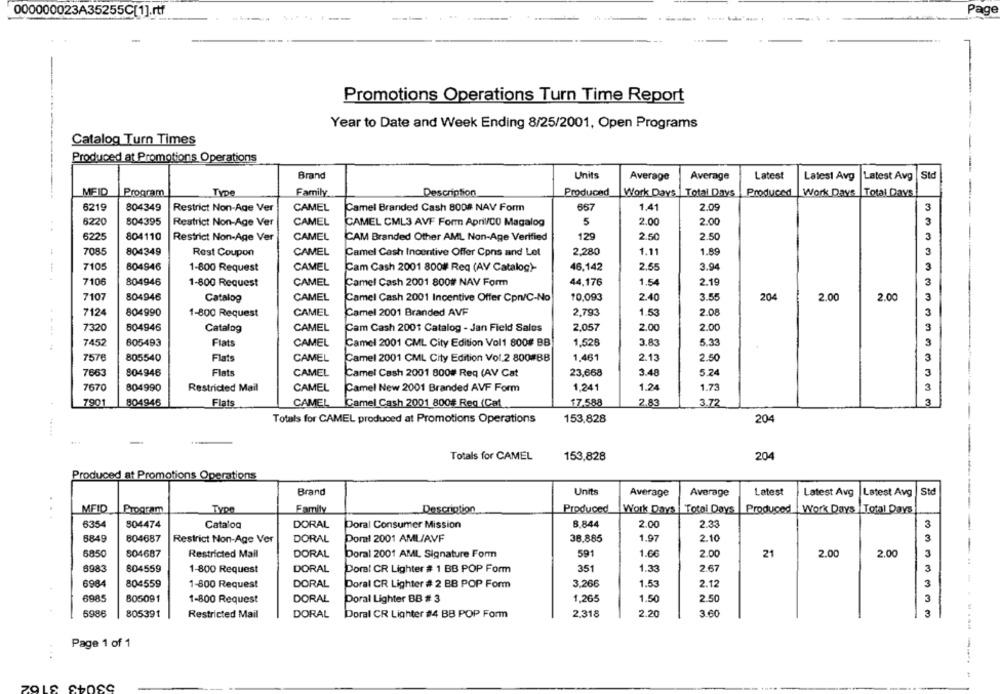
000000023A35255C[1].rtf
age
--
----
Promotions Operations Turn Time Report
Year to Date and Week Ending 8/25/2001, Open Programs
Catalog Turn Times
Produced at Promotions Operations
Units
Brand
Average
Average
Latest
Latest Avg
Latest Avg
St
MFID
Program
Type
Family
Description
Produced
Work Days
Total Days
Produced
Work Days |Total Days
6219
804349
Restrict Non-Age Ver
CAMEL
Camel Branded Cash 800# NAV Form
667
1.41
2.09
3
6220
804395
Restrict Non-Age Ver
CAMEL
5
2.00
2.00
3
..
CAMEL CML3 AVF Form April/CO Magalog
6225
804110
129
2.50
2.50
3
Restrict Non-Age Ver
CAMEL
CAM Branded Other AML Non-Age Verified
7085
804349
Rest Coupon
CAMEL
Camel Cash Incentive Offer Cons and Let
2.280
1.11
1.89
7105
804946
1-800 Request
CAMEL
Cam Cash 2001 800# Req (AV Catalog)-
46.142
2.55
3.94
7106
804946
1-800 Request
CAMEL
Camel Cash 2001 800# NAV Form
44,176
1.54
2.19
7107
804946
Catalog
CAMEL
Camel Cash 2001 Incentive Offer Cpn/C-No
10,093
2.40
3.55
204
2.00
2.00
7124
804990
CAMEL
Camel 2001 Branded AVF
2,793
1.53
2.08
1-800 Request
2.00
7320
804946
Catalog
CAMEL
Cam Cash 2001 Catalog - Jan Field Sales
2.057
2.00
7452
805493
Flats
CAMEL
Camel 2001 CML City Edition Vol1 800# BB
1.528
3.83
5.33
7576
805540
Flats
CAMEL
Camel 2001 CML City Edition Vol.2 800#88
1,461
2.13
2.50
7663
804946
Flats
CAMEL
Camel Cash 2001 800# Req (AV Cat
23,668
3.48
5.24
7670
804990
Restricted Mail
CAMEL
Camel New 2001 Branded AVF Form
1,241
1.24
1.73
7901
804946
Flats
CAMEL
Camel Cash 2001 800# Reg (Cat
$7.588
2.83
3.72
Totals for CAMEL produced at Promotions Operations
153,828
204
-
Totals for CAMEL
153,828
204
Produced at Promotions Operations
Brand
Units
Average
Average
Latest
Latest Avg |Latest Avg
Std
. .
MEID
Program
Type
Family
Description
Produced
Work Days | Total Days | Produced
Work Days | Total Days
6354
804474
Catalog
DORAL
Doral Consumer Mission
B.844
2.00
2.33
3
6849
804687
Restrict Non-Age Ver
DORAL
Poral 2001 AML/AVF
38.885
1.97
2.10
3
6850
804687
Restricted Mail
DORAL
Doral 2001 AML Signature Form
591
1.66
2.00
21
2.00
2.00
3
6983
804559
1-800 Request
DORAL
Doral CR Lighter # 1 BB POP Form
351
1.33
2.67
3
6984
804559
DORAL
3.266
2.12
3
1-800 Request
Doral CR Lighter # 2 BB POP Form
1.53
6985
805091
1-800 Request
DORAL
Doral Lighter BB # 3
1,265
1.50
2.50
3
5986
805391
Restricted Mail
DORAL
Doral CR Lighter #4 BB POP Form
2.318
2.20
3.60
3
Page 1 of 1
....
53043 3162